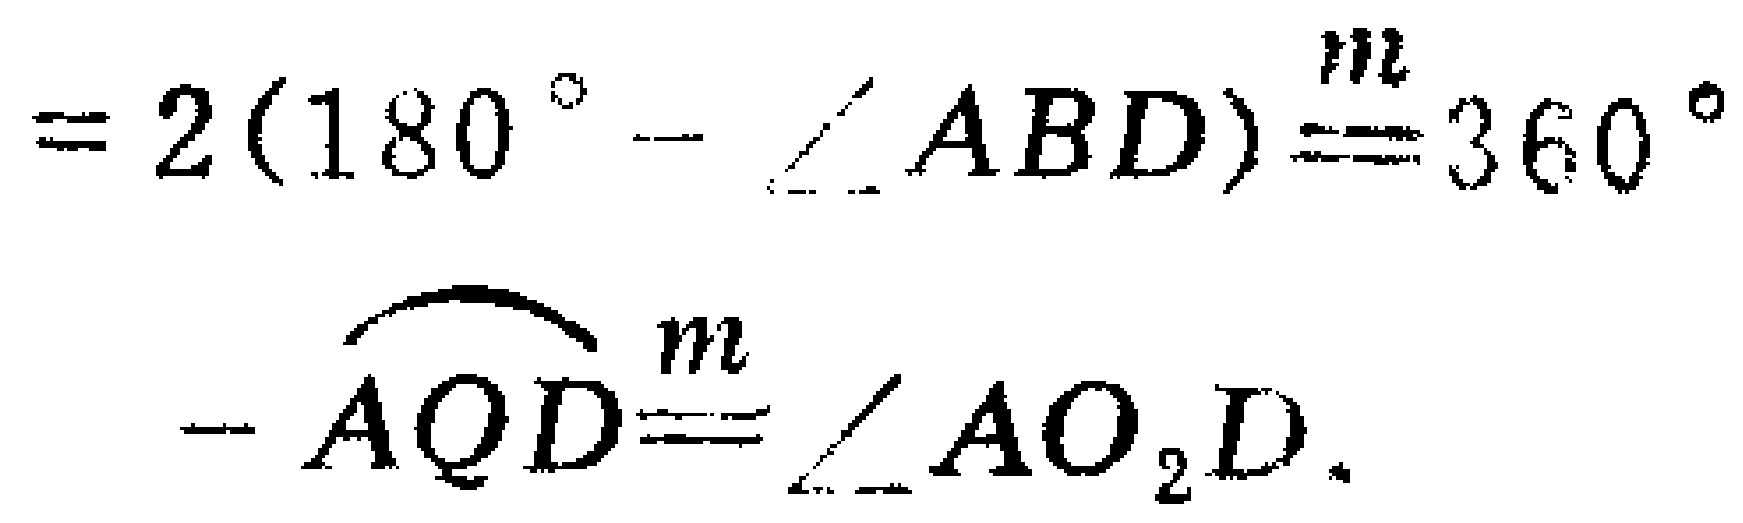
$=2(180^{\circ}-\angle ABD)\overset{m}{==}360^{\circ}-\overset{\frown}{AQD}\overset{m}{==}\angle AO_{2}D.$